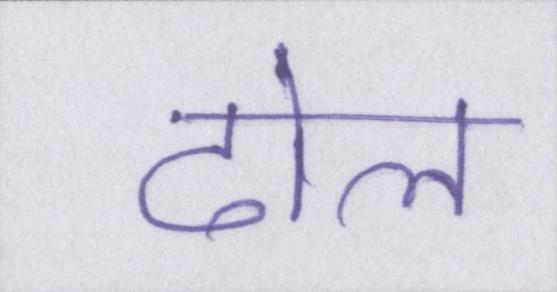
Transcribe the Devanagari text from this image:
ढोल